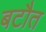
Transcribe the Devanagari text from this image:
बटौत